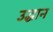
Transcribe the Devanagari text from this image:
उद्धान